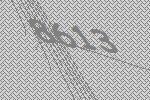
8613